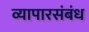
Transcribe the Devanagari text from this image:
व्यापारसंबंध